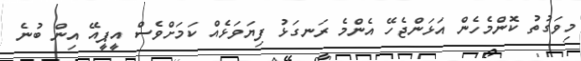
މިވަގުތު ކޮންމެހެން އަޅަންޖެހޭ އެންމެ ރަނގަޅު ފިޔަވަޅެއް ކަމަށްވެސް އީޕީއޭ އިން ބުނެ